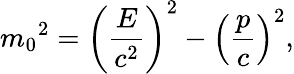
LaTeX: m_{0}{}^{2}=\left({\frac{E}{c^{2}}}\right)^{2}-\left({\frac{p}{c}}\right)^{2},